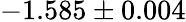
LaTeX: -1.585\pm 0.004